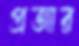
প্রজার